Epidemic dropsy in Calcutta - Number 49
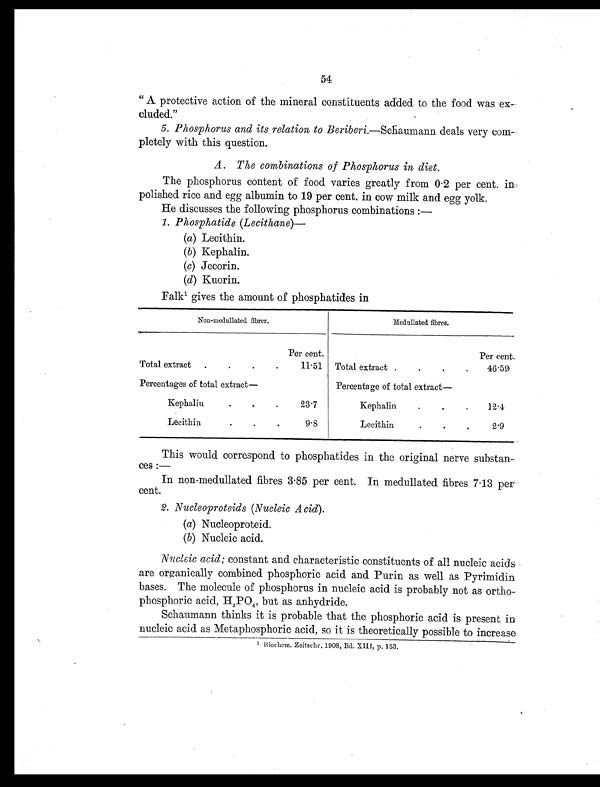
54
" A protective action of the mineral constituents added to the food was ex-
cluded."
5. Phosphorus and its relation to Beriberi.—Schaumann deals very com-
pletely with this question.
A. The combinations of Phosphorus in diet.
The phosphorus content of food varies greatly from 0 . 2 per cent. in,
polished rice and egg albumin to 19 per cent. in cow milk and egg yolk.
He discusses the following phosphorus combinations : —
1. Phosphatide (Lecithane)—
(a) Lecithin.
(b) Kephalin.
(c) Jecorin.
(d) Kuorin.
Falk1 gives the amount of phosphatides in
Non-medullated fibres.
Medullated fibres.
Per cent.
Per cent.
Total extract
.
.
.
11.51 Total extract .
.
.
.
46.59
Percentages of total extract—
Percentage of total extract —
Kephalin.
.
.
23.7
Kephalin
.
12.4
Lecithin.
. . .
9.8
Lecithin
.
.
.
2.9
This would correspond to phosphatides in the original nerve substan-
ces :—
In non-medullated fibres 3.85 per cent. In medullated fibres 7 . 13 per
cent.
2. Nucleoproteids (Nucleic Acid) .
(a) Nucleoproteid.
(b) Nucleic acid.
Nucleic acid; constant and characteristic constituents of all nucleic acids
are organically combined phosphoric acid and Purin as well as Pyrimidin
bases. The molecule of phosphorus in nucleic acid is probably not as ortho-
phosphoric acid, H 3PO4, but as anhydride.
Schaumann thinks it is probable that the phosphoric acid is present in
nucleic acid as Metaphosphoric acid, so it is theoretically possible to increase
1 Biochem. Zeitschr. 1908, Bd. XIII, p. 153.